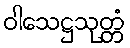
ဝါသေဋ္ဌသုတ္တံ